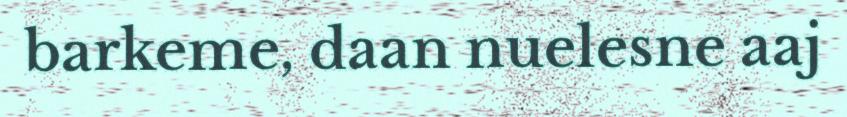
barkeme, daan nuelesne aaj